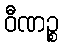
ဝီဏဉ္စ